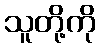
သူတို့ကို